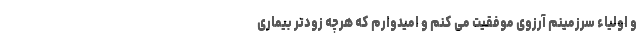
و اولیاء سرزمینم آرزوی موفقیت می کنم و امیدوارم که هرچه زودتر بیماری